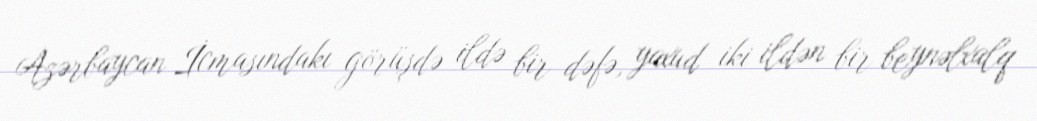
Azərbaycan İcmasındakı görüşdə ildə bir dəfə, yaxud iki ildən bir beynəlxalq